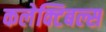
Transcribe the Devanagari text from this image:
कलेक्टिबल्स